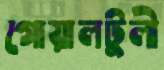
গোয়ালটুলী